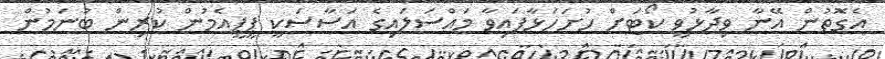
އެގޮތުން އޭނާ ވިދާޅުވީ ކޯޓަށް ހުށަހަޅާފައިވާ މައްސަލައިގެ އަސާސަކީ ޕީޕީއެމުން ކުރިން ބުނަމުން